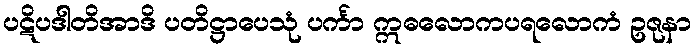
ပဋိပဒါတိအာဒိ ပတိဋ္ဌာပေသုံ ပင်္ကာ ဣဓလောကပရလောကံ ဥဇုနာ